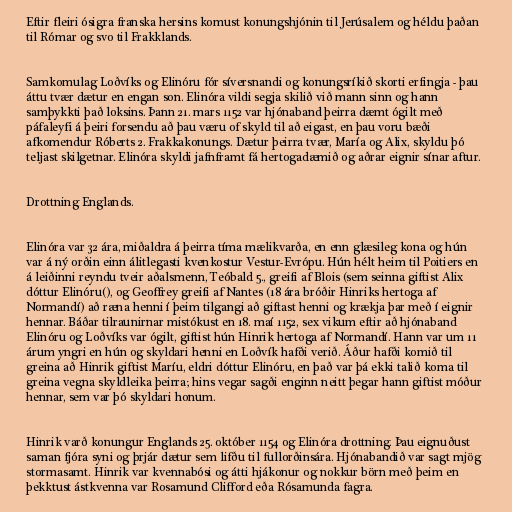
Eftir fleiri ósigra franska hersins komust konungshjónin til Jerúsalem og héldu þaðan
til Rómar og svo til Frakklands.

Samkomulag Loðvíks og Elinóru fór síversnandi og konungsríkið skorti erfingja - þau
áttu tvær dætur en engan son. Elinóra vildi segja skilið við mann sinn og hann
samþykkti það loksins. Þann 21. mars 1152 var hjónaband þeirra dæmt ógilt með
páfaleyfi á þeiri forsendu að þau væru of skyld til að eigast, en þau voru bæði
afkomendur Róberts 2. Frakkakonungs. Dætur þeirra tvær, María og Alix, skyldu þó
teljast skilgetnar. Elinóra skyldi jafnframt fá hertogadæmið og aðrar eignir sínar aftur.

Drottning Englands.

Elinóra var 32 ára, miðaldra á þeirra tíma mælikvarða, en enn glæsileg kona og hún
var á ný orðin einn álitlegasti kvenkostur Vestur-Evrópu. Hún hélt heim til Poitiers en
á leiðinni reyndu tveir aðalsmenn, Teóbald 5., greifi af Blois (sem seinna giftist Alix
dóttur Elinóru(), og Geoffrey greifi af Nantes (18 ára bróðir Hinriks hertoga af
Normandí) að ræna henni í þeim tilgangi að giftast henni og krækja þar með í eignir
hennar. Báðar tilraunirnar mistókust en 18. maí 1152, sex vikum eftir að hjónaband
Elinóru og Loðvíks var ógilt, giftist hún Hinrik hertoga af Normandí. Hann var um 11
árum yngri en hún og skyldari henni en Loðvík hafði verið. Áður hafði komið til
greina að Hinrik giftist Maríu, eldri dóttur Elinóru, en það var þá ekki talið koma til
greina vegna skyldleika þeirra; hins vegar sagði enginn neitt þegar hann giftist móður
hennar, sem var þó skyldari honum.

Hinrik varð konungur Englands 25. október 1154 og Elinóra drottning. Þau eignuðust
saman fjóra syni og þrjár dætur sem lifðu til fullorðinsára. Hjónabandið var sagt mjög
stormasamt. Hinrik var kvennabósi og átti hjákonur og nokkur börn með þeim en
þekktust ástkvenna var Rosamund Clifford eða Rósamunda fagra.